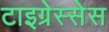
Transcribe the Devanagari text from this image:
टाइग्रेस्सेस